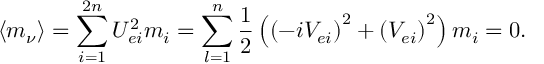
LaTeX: \left\langle m _ { \nu } \right\rangle = \sum _ { i = 1 } ^ { 2 n } U _ { e i } ^ { 2 } m _ { i } = \sum _ { l = 1 } ^ { n } \frac 1 2 \left( \left( - i V _ { e i } \right) ^ { 2 } + \left( V _ { e i } \right) ^ { 2 } \right) m _ { i } = 0 .